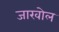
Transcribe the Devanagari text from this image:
जाखोल